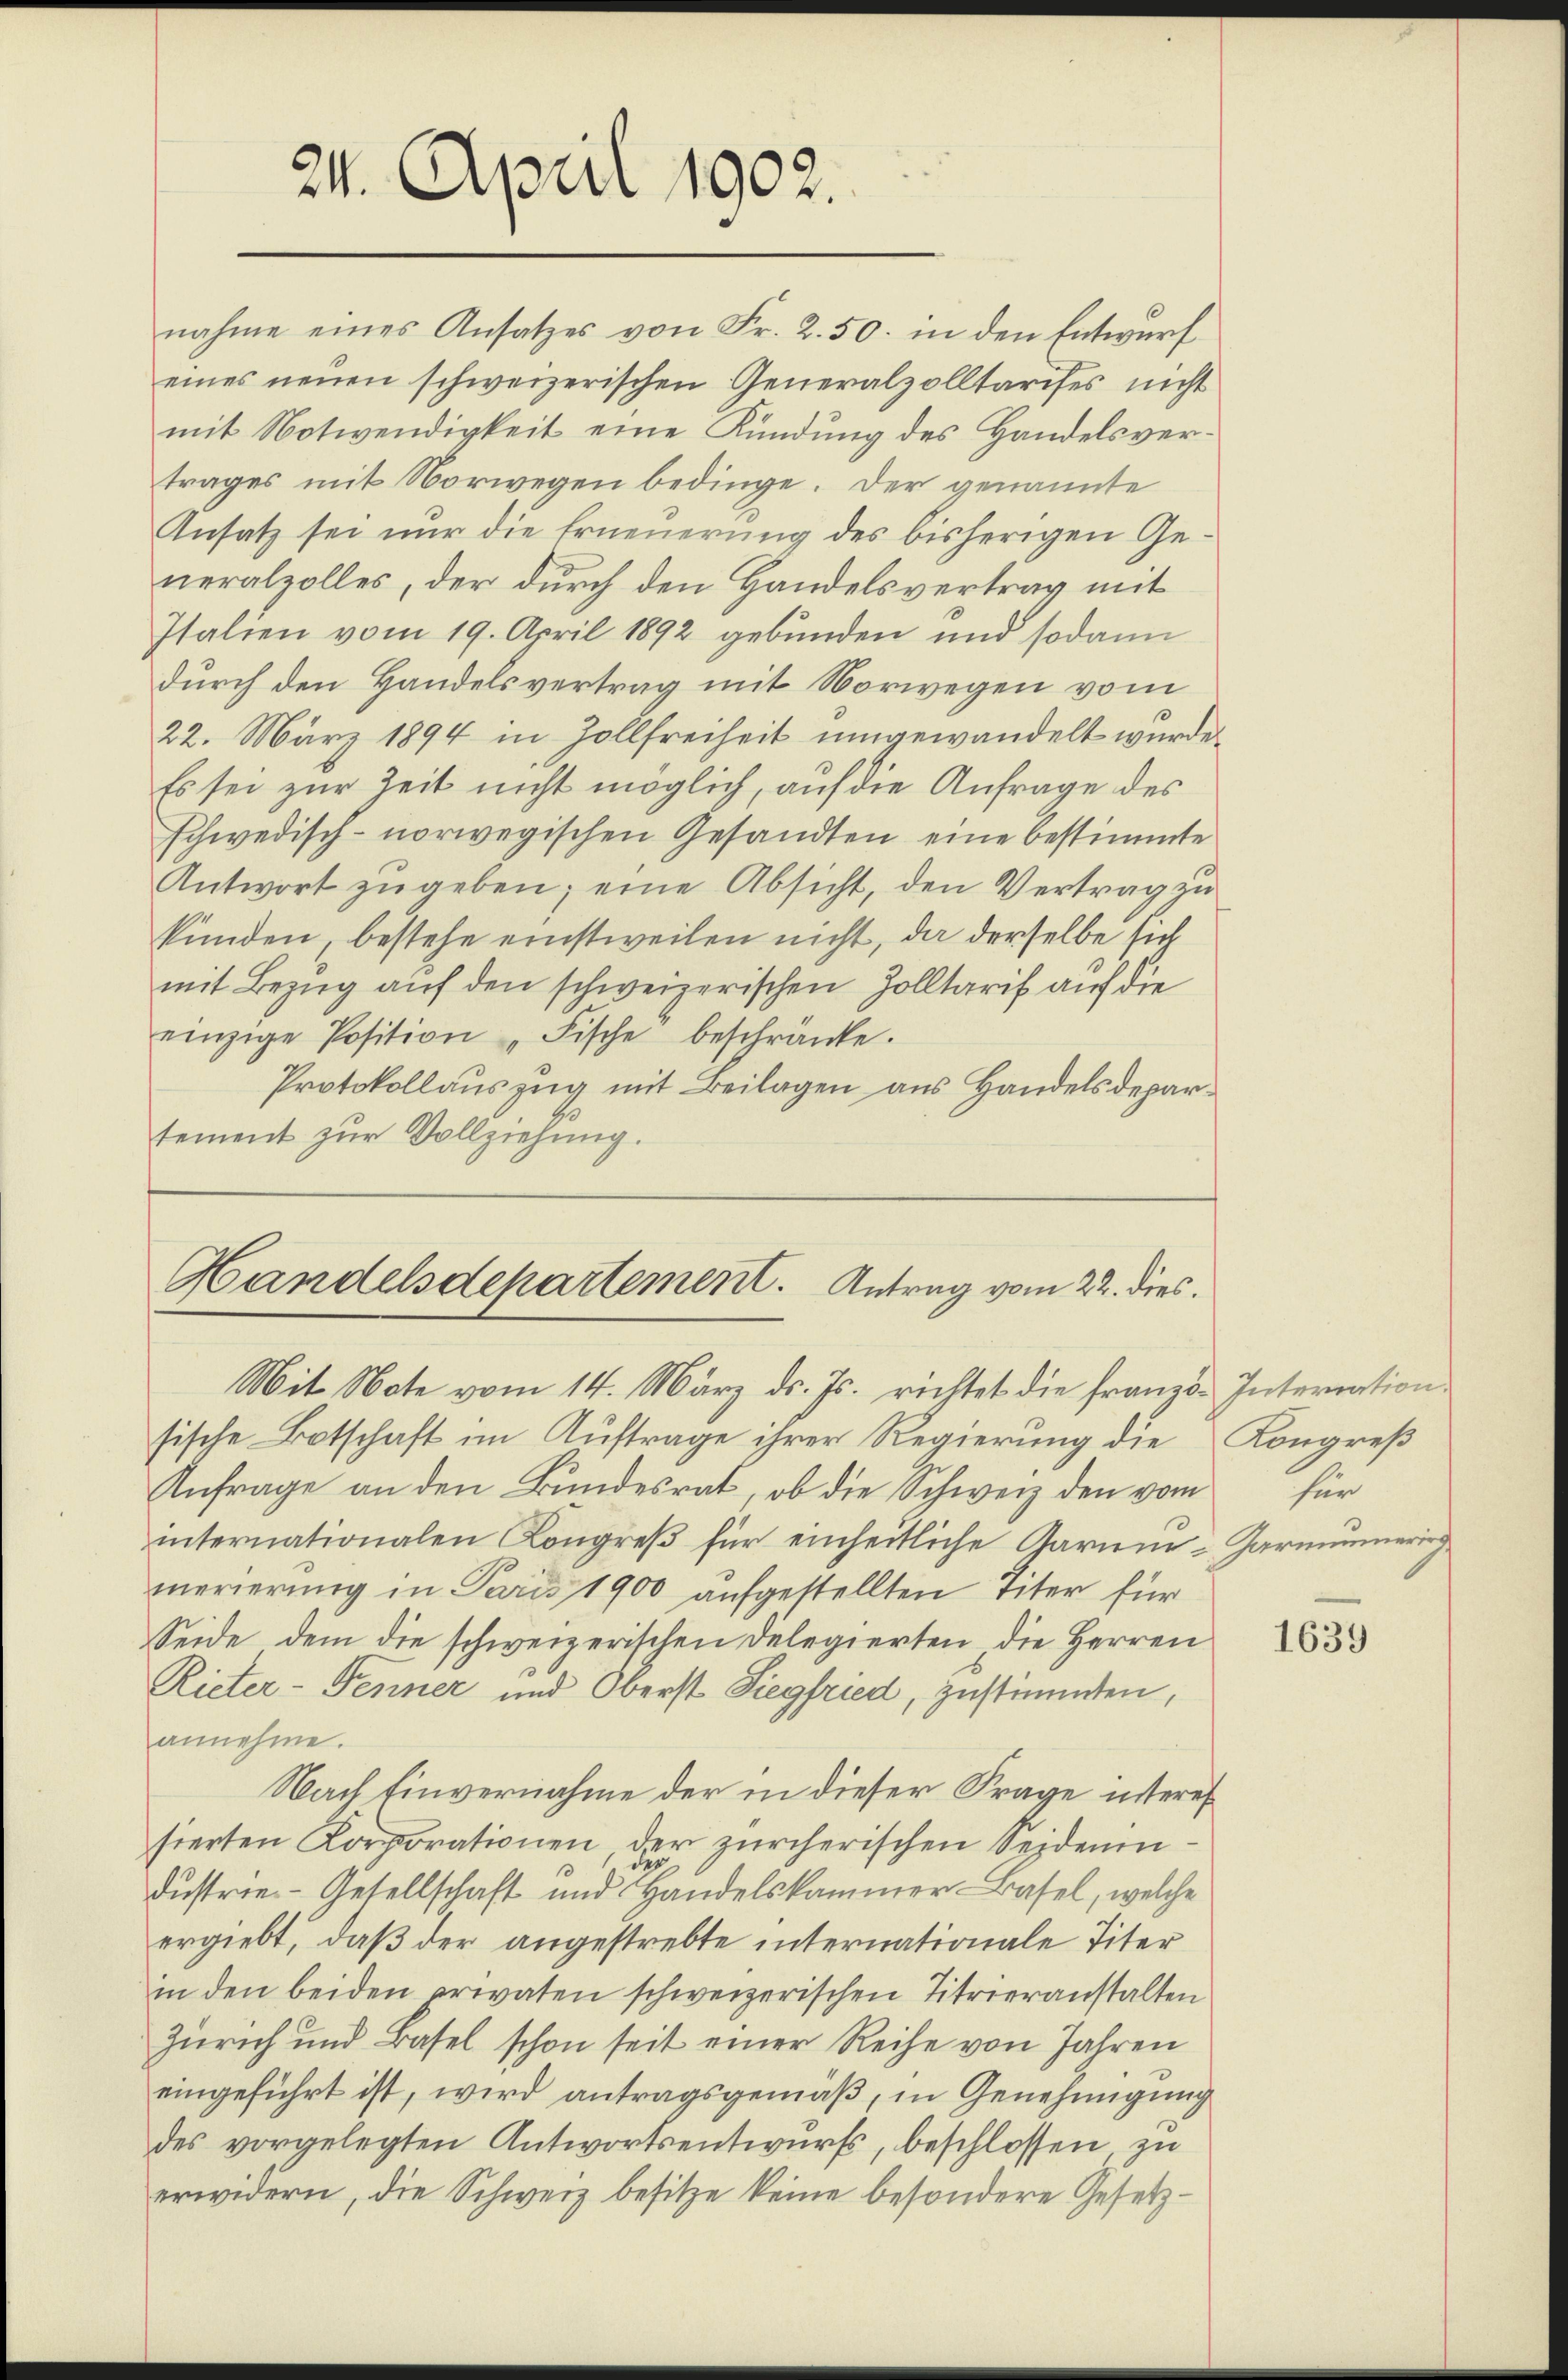
24. April 1902.

nahme eines Ansatzes von Fr. 2.50. in den Entwurf
eines neŭen schweizerischen Generalzolltarises nicht
mit Notwendigkeit eine Kündŭng des Handelsver-
trages mit Norwegen bedinge. Der genannte
Ansatz sei nur die Erneuerung des bisherigen Generalzolles, der durch den Handelsvertrag mit
Italien vom 19. April 1892 gebunden und sodann
durch den Handelsvertrag mit Norwegen vom
22. März 1894 in Zollfreiheit umgewandelt wurde.
Es sei zur Zeit nicht möglich, auf die Anfrage des
schwedisch-norwegischen Gesandten eine bestimmte
Antwort zŭgeben; eine Absicht, den Vertrag zu
kunden, bestehe einstweilen nicht, da derselbe sich
mit Bezug auf den schweizerischen Zolltarif auf die
einzige Position Fische beschränke.
Protokollauszug mit Beilagen aus Handelsdepartement zŭr Vollziehŭng.

Handelsdepartement. Antrag vom 22. dies
Mit Note vom 14. März d. Js. richtet die Franz. Interration

sische Botschaft im Auftrage ihrer Regierung die Kongreß
Anfrage an den Bundesrat, ob die Schweiz den vom
internationalen Congreß für einheitliche Garine-Garminering
merierung in Paris 1900 aufgestellten Titer für
Seide dem die schweizerischen Delegierten die Herren
Rieter-Fenner und Oberst Siegfried, zustimmten,
annehme.
Nach Einvernahme der in dieser Frage interessierten Korporationen, der zürcherischen Seidenen-
dustrie-Gesellschaft und Handelskammer-Basel, welche
ergiebt, daß der angestrebte internationale Titer
in den beiden privaten schweizerischen Titrieranstalten
Zürich und Basel schon seit einer Reihe von Jahren
eingeführt ist, wird antragsgemäß, in Genehmigung
des vorgelegten Antwortsentwurfs, beschlossen, zu
erwidern, die Schweiz besitze keine besondere Gesetz¬

für

1639